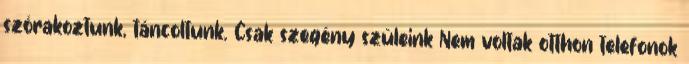
szórakoztunk, táncoltunk. Csak szegény szüleink Nem voltak otthon telefonok